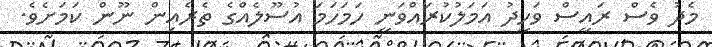
މެދު ވެސް ރައީސް ވަހީދު އަމަލުކުރައްވަނީ ހަމަހަމަ އުސޫލެއްގެ ތެރެއިން ނޫން ކަމަށެވެ.